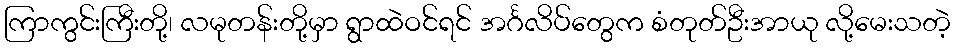
ကြာကွင်းကြီးတို့၊ လမုတန်းတို့မှာ ရွာထဲဝင်ရင် အင်္ဂလိပ်တွေက စံတုတ်ဦးအာယု လို့မေးသတဲ့